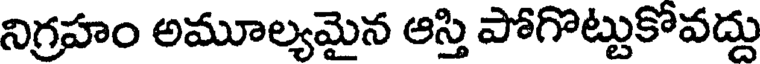
నిగ్రహం అమూల్యమైన ఆస్తి పోగొట్టుకోవద్దు